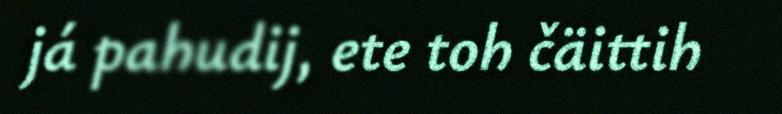
já pahudij, ete toh čäittih